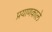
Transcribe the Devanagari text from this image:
प्रयाणकाले